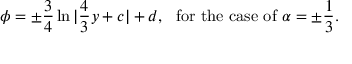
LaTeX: \phi = \pm \frac 3 4 \ln | \frac 4 3 y + c | + d , \ \ \mathrm { f o r ~ t h e ~ c a s e ~ o f ~ } \alpha = \pm \frac 1 3 .